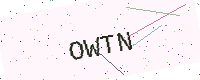
Text: OWTN